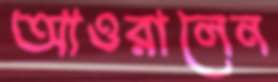
আওরালেন